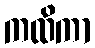
ကထိကာ